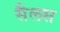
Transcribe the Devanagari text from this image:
सैलस